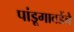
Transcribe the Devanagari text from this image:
पांडूगावडेंचे